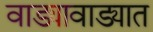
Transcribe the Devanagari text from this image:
वाड्यावाड्यात